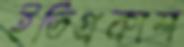
ইতিপ্রকাশ